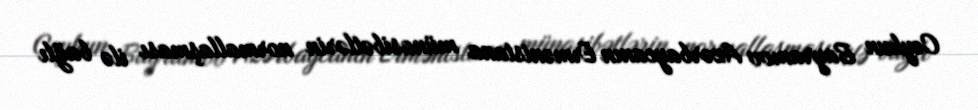
Ceyhun Bayramov Azərbaycanın Ermənistana münasibətlərin normallaşması ilə bağlı